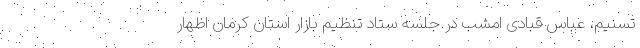
تسنیم، عباس قبادی امشب در جلسه ستاد تنظیم بازار استان کرمان اظهار